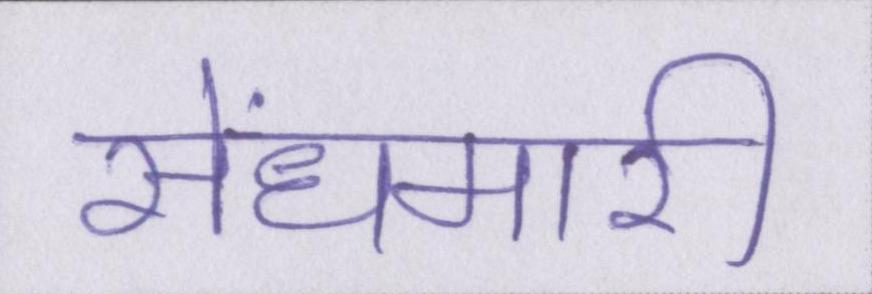
सेंधमारी